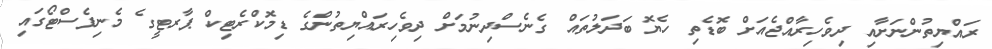
ރައްޔިތުންނަށާއި ދިވެހިރާއްޖެއަށް ބޮޑެތި ހެޔޮ ބަދަލުތައް ގެނެސްދިނުމަށް ދިވެހިރައްޔިތުންގެ ޑިމޮކްރެޓިކް ޕާރޓީގެ މެނިފެސްޓޯގައި